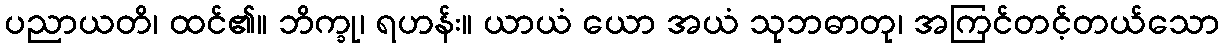
ပညာယတိ၊ ထင်၏။ ဘိက္ခု၊ ရဟန်း။ ယာယံ ယော အယံ သုဘဓာတု၊ အကြင်တင့်တယ်သော